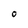
Character: 0